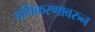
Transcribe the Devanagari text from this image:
वर्गिकरणावरुन